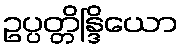
ဥပ္ပတ္တိန္ဒြိယော